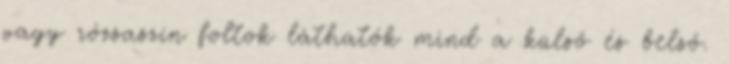
vagy rózsaszín foltok láthatók mind a külső és belső.